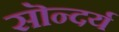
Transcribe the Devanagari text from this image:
सॊन्दर्य